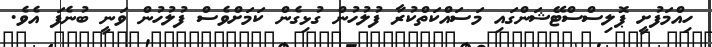
ހިއްމަފުށީ ޕޮލިސްސްޓޭޝަންގައި މަސައްކަތްކުރާ ފުލުހުން ގުޅިގެން ކަމަށްވެސް ފުލުހުން ވަނީ ބުނެފަ އެވެ.